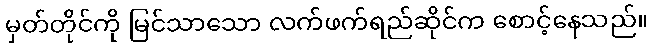
မှတ်တိုင်ကို မြင်သာသော လက်ဖက်ရည်ဆိုင်က စောင့်နေသည်။